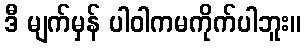
ဒီ မျက်မှန် ပါဝါကမကိုက်ပါဘူး။